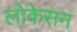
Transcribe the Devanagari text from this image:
लोकेसन